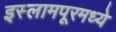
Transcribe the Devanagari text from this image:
इस्लामपूरमध्ये